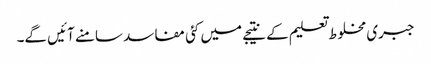
جبری مخلوط تعلیم کے نتیجے میں کئی مفاسد سامنے آئیں گے۔